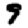
Digit: 9